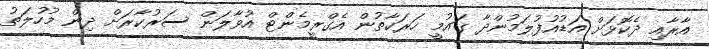
އާރާއި ދެކޮޅަށް އަޑުއުފުލަމުންދާ ގައުމީ ހަރަކާތުން އެގްރީމެންޓް އުވާލަން ސަރުކާރަށް ދިން މުހުލަތު